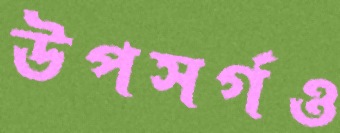
উপসর্গও